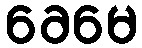
ခေမေ